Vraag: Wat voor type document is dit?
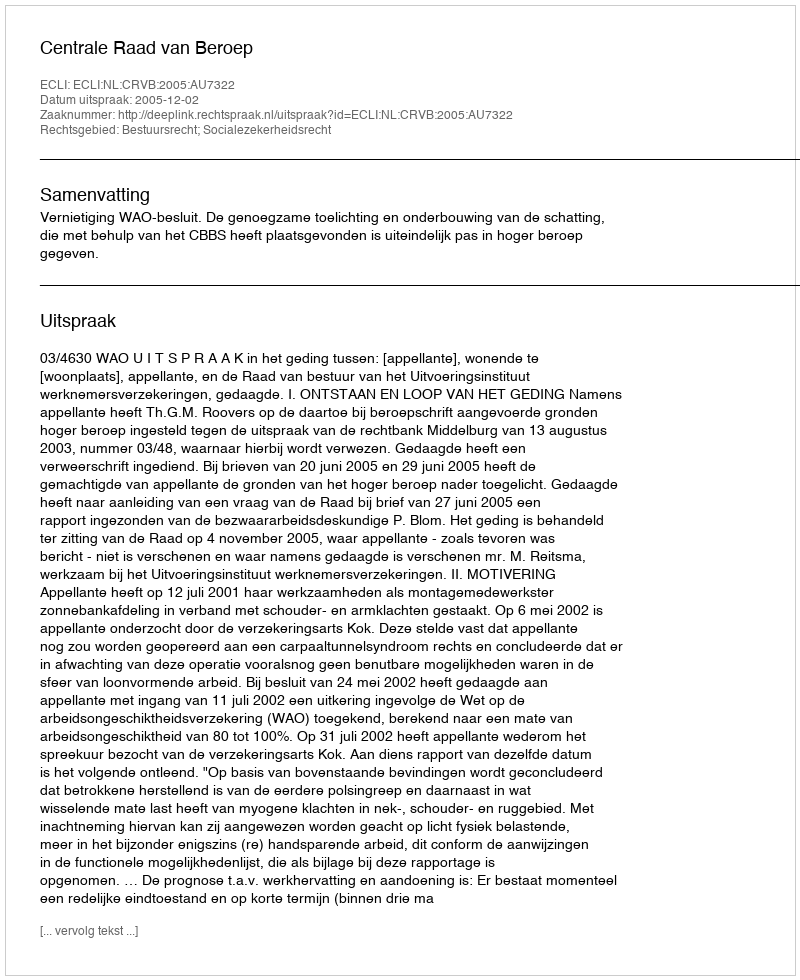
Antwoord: Uitspraak